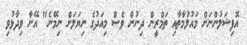
އޮފިޝަލުންނަށް މައުލުމާތާއި ތަމްރީން ދިނުން ވެސް މިއަދުގެ ނިޔަލަށް ނިމޭނެ" އޭނާ ވިދާޅުވި